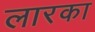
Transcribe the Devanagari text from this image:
लारका